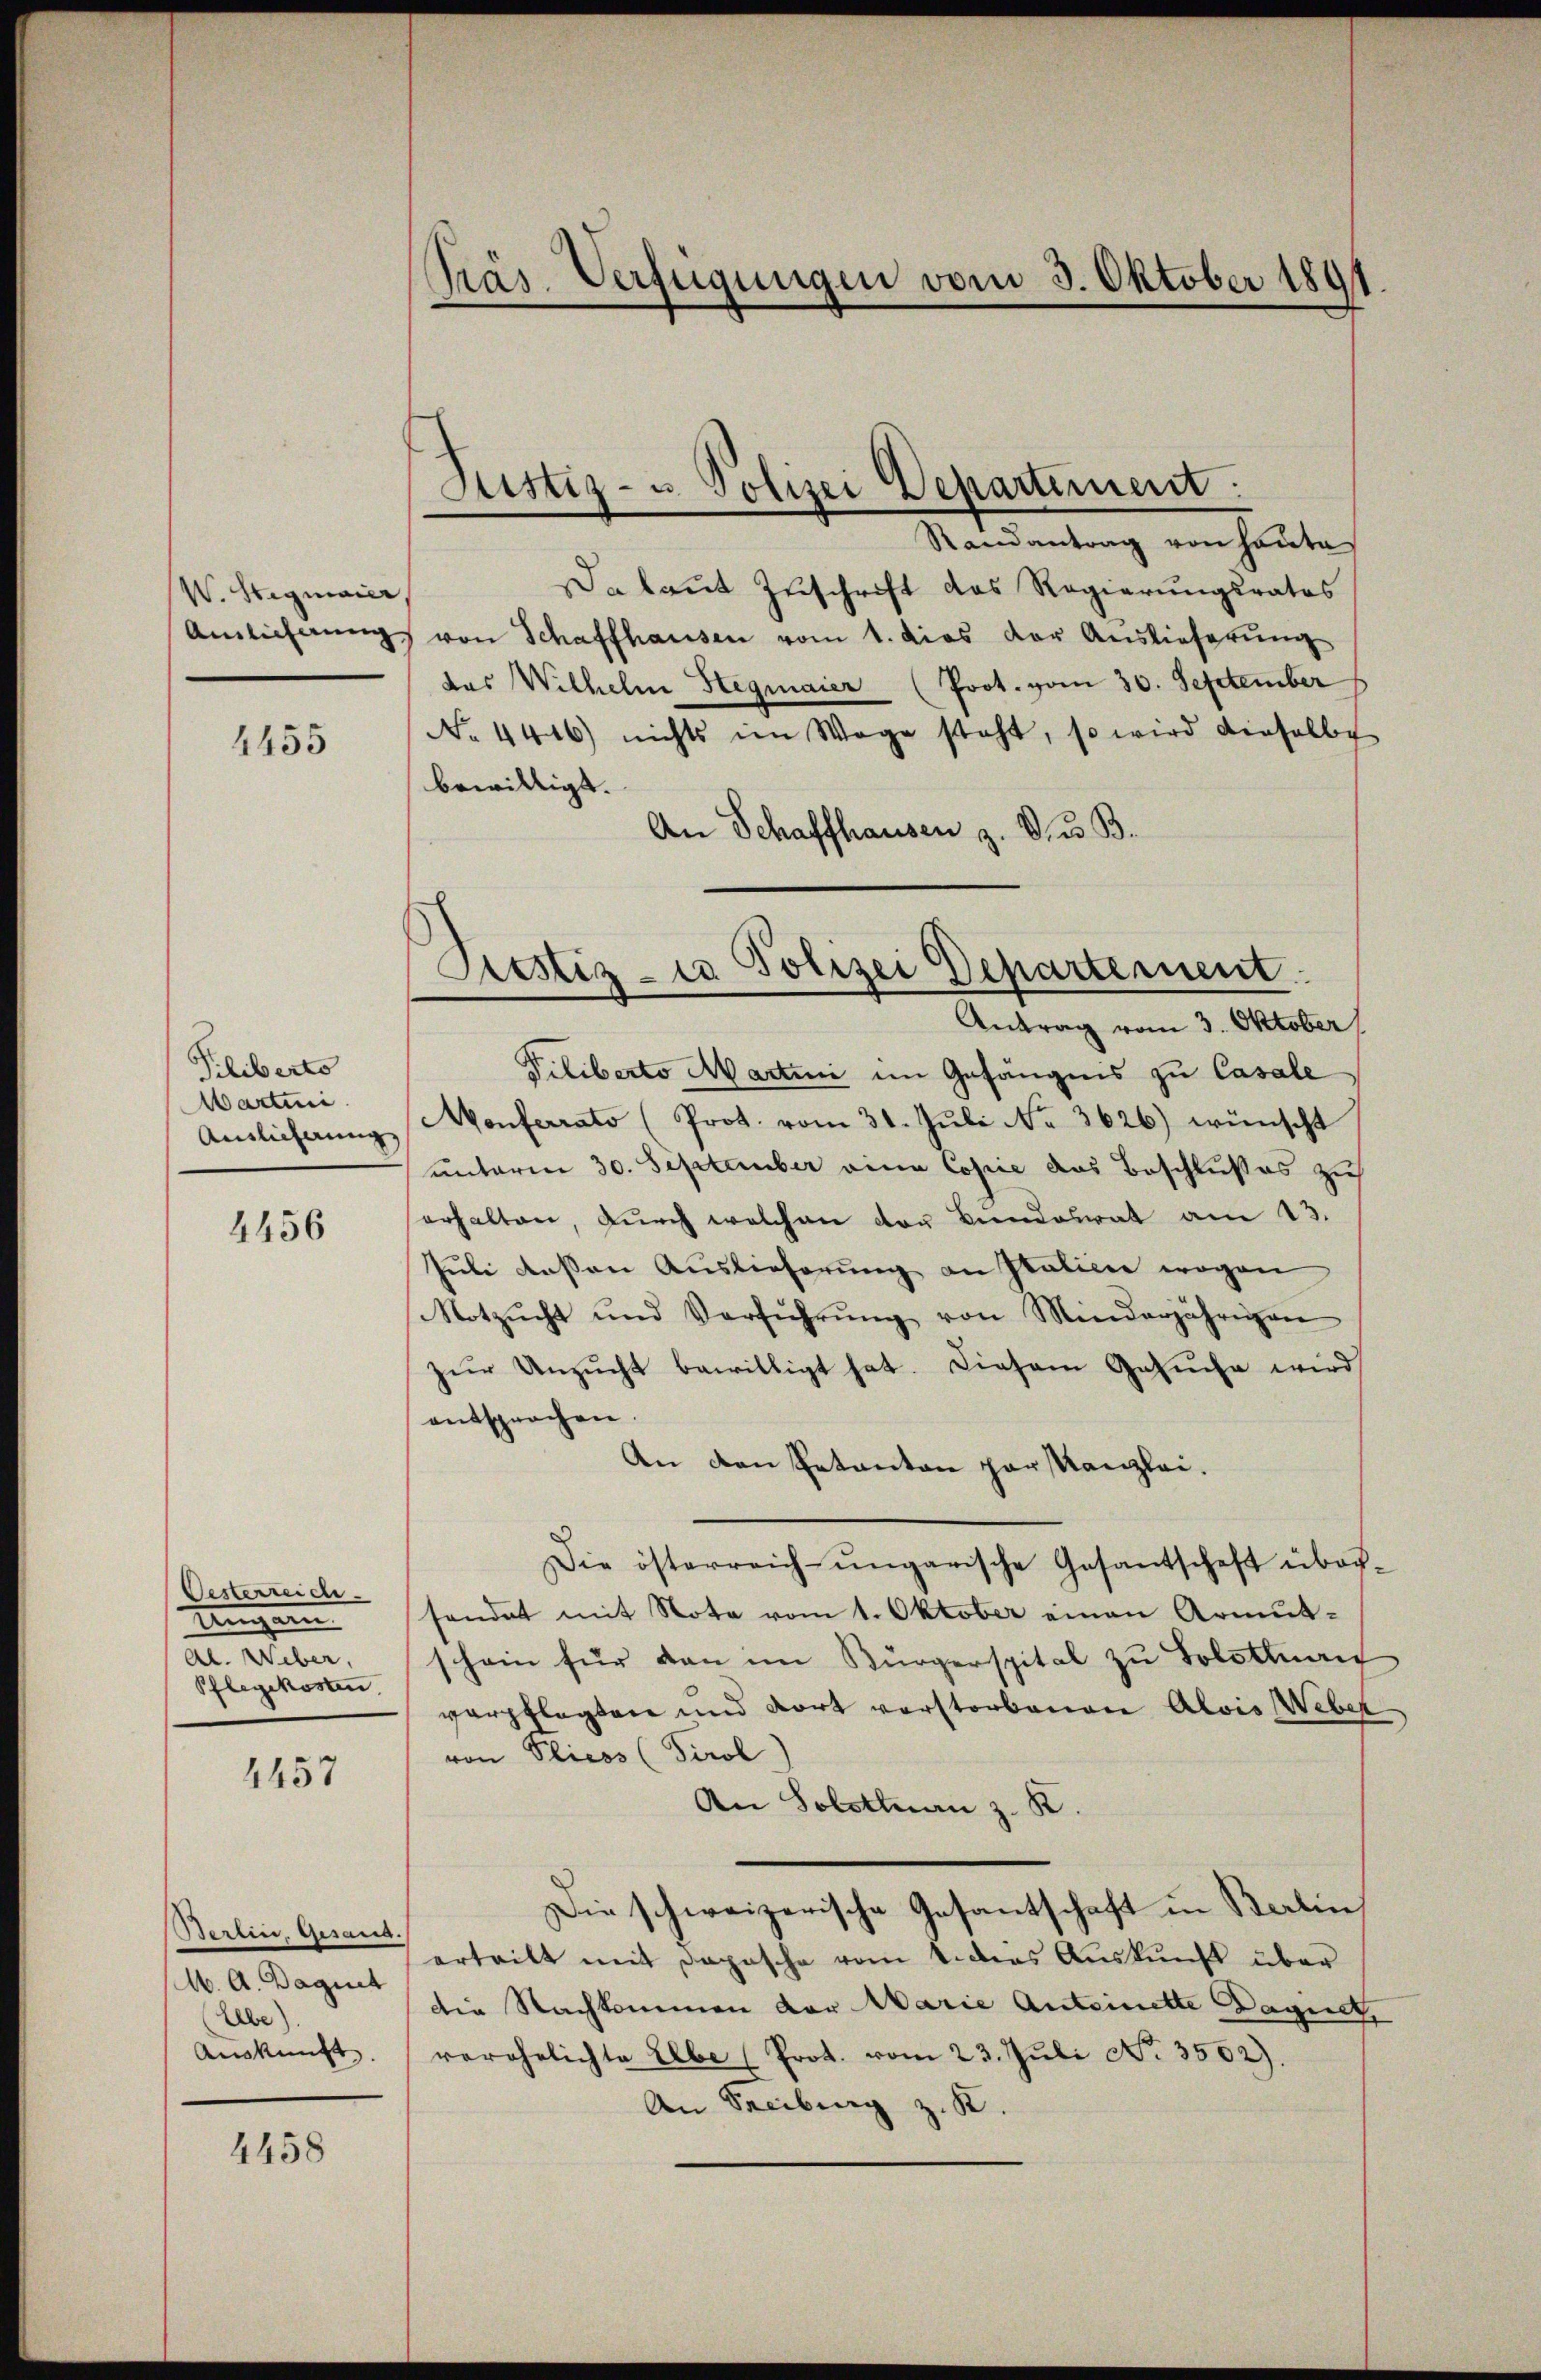
W. Sigmaier,
Anlicherung

4455

Piliberto
Martini
Auslieferung

4456

Oesterreide
Ungen
Al. Weber,
Pflegekosten

4457

Berlin. Gesand
M. A. Dagnet
Lebe).
Auskunft.

4458

Präs. Verfügungen vom 3. Oktober 189

Justiz- u. Polizei Departement:
Randantrag von heute

Pitstiz- u Polizei Departement
Antrag vom 3. Oktober

Da laut Zuschrift das Regierungsrates
von Schaffhausen vom 1. dies der Auslieferŭng
das Wilhelm Hegmaier (Prot. vom 30. September
No. 4446) nichts im Wege steht, so wird dieselbe
bewilligt.
An Schaffhausen z. V. u. B.
Piliberto Martini im Gefängnis zu Casale
Monferrato (Prot. vom 31. Juli No 3626.) wünscht
unterm 30. September eine Copie das Beschlußes zu
erhalten, durch welchen der Bundesrat am 13.
Juli dessen Auslieferung an Italiene wegen
Notzŭcht und Verführŭng von Minderjährigen
zur Unzucht bewilligt hat. Diesem Gesuche wird
entsprochen
An den Petenten par Kanzlei.
Die österreich-ungarische Gesantschaft über-
sendet mit Note vom 1. Oktober einen Armut-
schein für dan im Bürgerspital zu Solothurn
verpflegten und dort verstorbenen Alois Weber
von Plicos (Perol
An Solothurn z. K.
Die schweizerische Gesantschaft in Berlin
erteilt mit Depesche vom 1. Das Auskunft über
die Nachkommen der Marie Anteinette Dagint,
verehelichte Elbe (Prot. vom 23. Juli No 3502).
An Freiburg z. K.